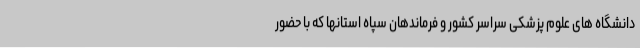
دانشگاه های علوم پزشکی سراسر کشور و فرماندهان سپاه استانها که با حضور